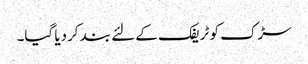
سڑک کو ٹریفک کے لئے بند کردیا گیا۔